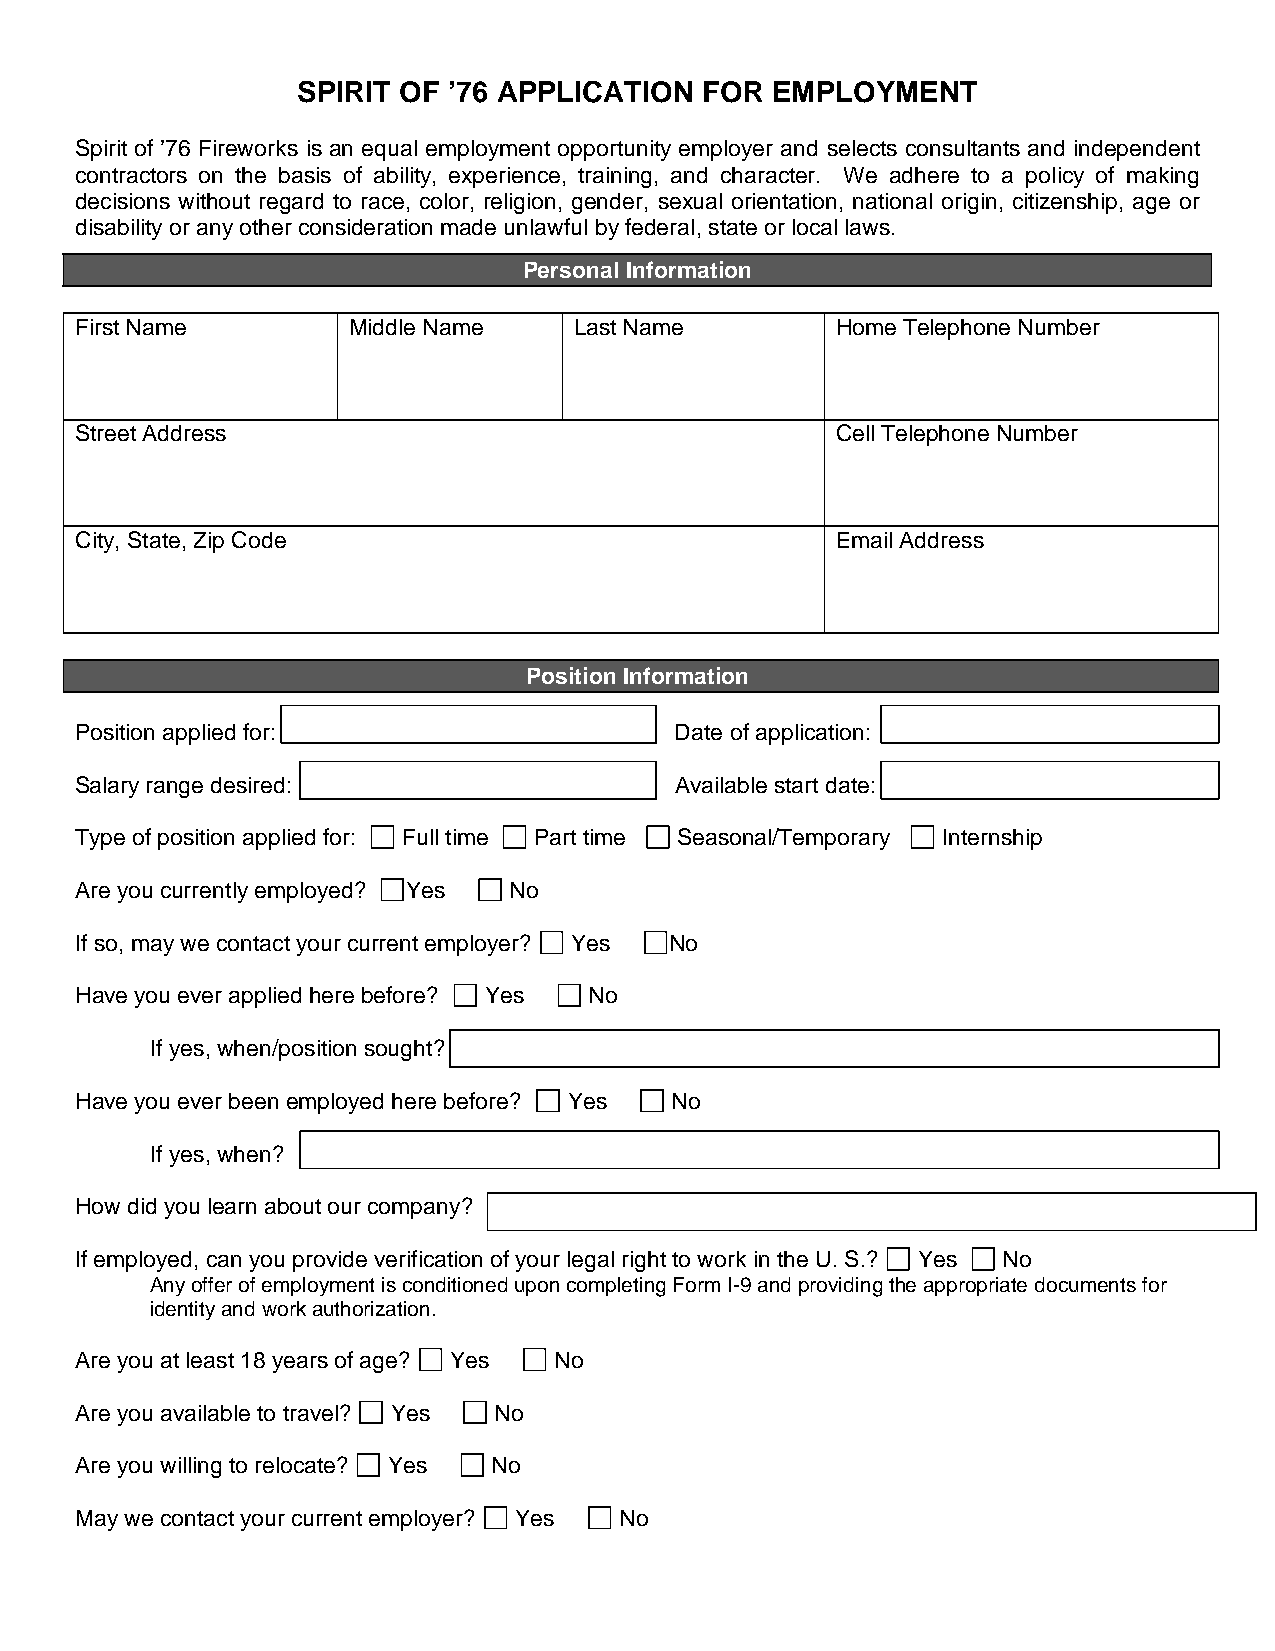
SPIRIT OF ’76 APPLICATION  FOR EMPLOYMENT
 Spirit of ’76 Fireworks is an equal employment opportunity employer and selects consultants and independent
 contractors on the basis of ability, experience, training, and character. We adhere to a policy of making
 decisions without regard to race, color, religion, gender, sexual orientation, national origin, citizenship, age or
 disability or any other consideration made unlawful by federal, state or local laws.
 Personal Information
 First Name        Middle Name    Last Name        Home Telephone Number
 Street Address                                    Cell Telephone Number
 City, State, Zip Code                             Email Address
 Position Information
 Position applied for:                   Date of application:
 Salary range desired:                   Available start date:
 Type of position applied for: Full time Part time Seasonal/Temporary Internship
 Are you currently employed? Yes No
 If so, may we contact your current employer? Yes No
 Have you ever applied here before? Yes No
 If yes, when/position sought?
 Have you ever been employed here before? Yes No
 If yes, when?
 How did you learn about our company?
 If employed, can you provide verification of your legal right to work in the U. S.? Yes No
 Any offer of employment is conditioned upon completing Form I-9 and providing the appropriate documents for
 identity and work authorization.
 Are you at least 18 years of age? Yes No
 Are you available to travel? Yes No
 Are you willing to relocate? Yes No
 May we contact your current employer? Yes No